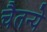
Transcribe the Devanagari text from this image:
चैतन्ये